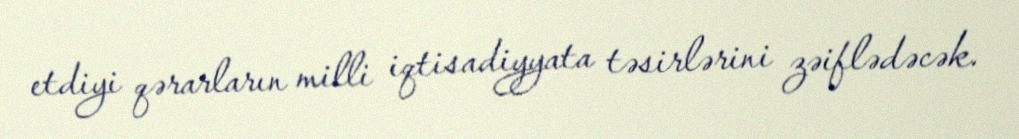
etdiyi qərarların milli iqtisadiyyata təsirlərini zəiflədəcək.